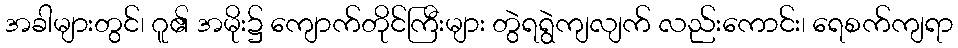
အခါများတွင်၊ ဂူ၏ အမိုး၌ ကျောက်တိုင်ကြီးများ တွဲရရွဲကျလျက် လည်းကောင်း၊ ရေစက်ကျရာ